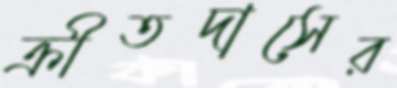
ক্রীতদাসের